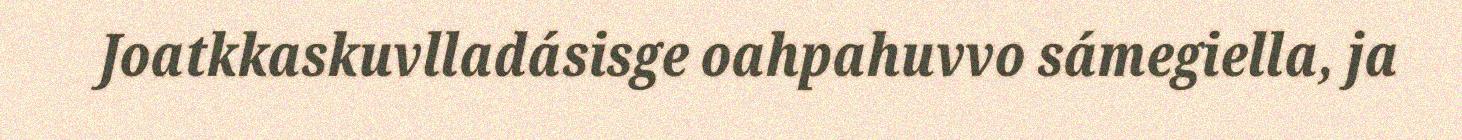
Joatkkaskuvlladásisge oahpahuvvo sámegiella, ja